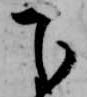
下